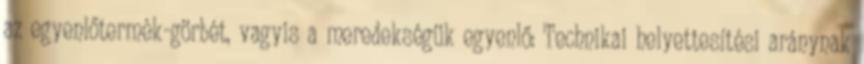
az egyenlőtermék-görbét, vagyis a meredekségük egyenlő: Technikai helyettesítési aránynak